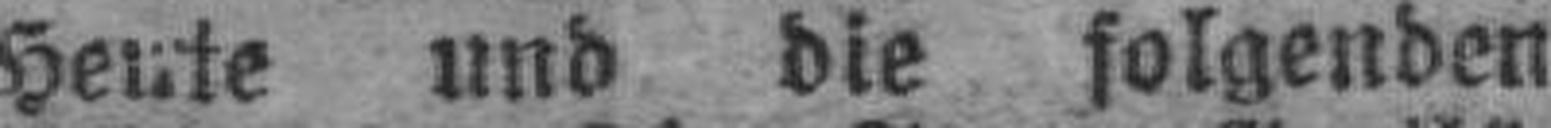
Heute und die folgenden